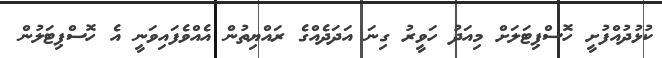
ކުޅުދުއްފުށީ ހޮސްޕިޓަލަށް މިއަދު ހަވީރު ގިނަ އަދަދެއްގެ ރައްޔިތުން އެއްވެފައިވަނީ އެ ހޮސްޕިޓަލުން